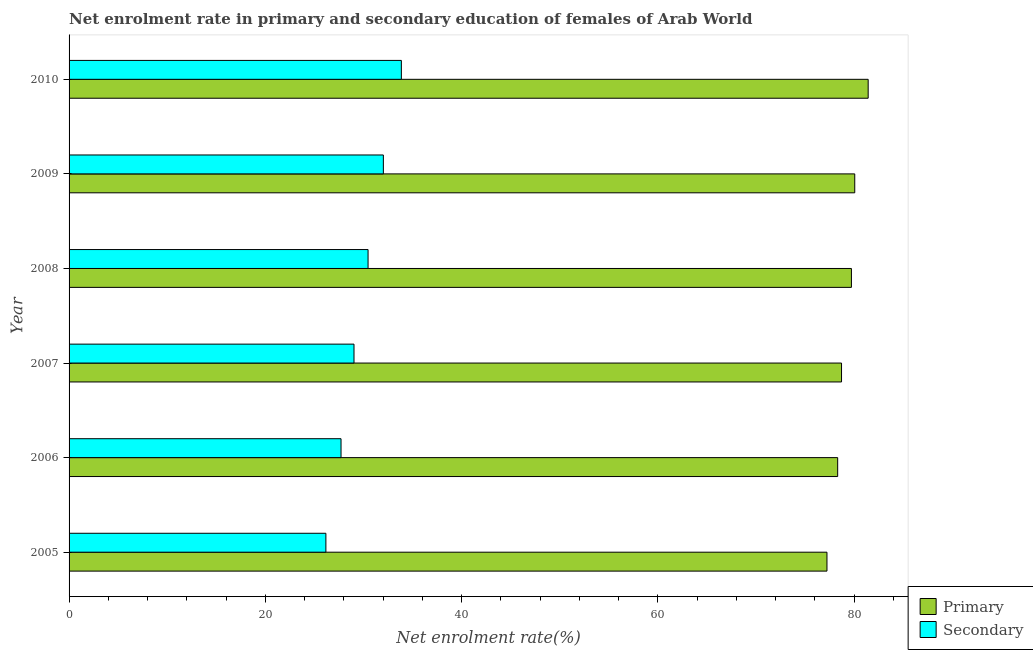
| Year | Primary | Secondary |
 | --- | --- | --- |
 | 2005 | 77.2 | 26.2 |
 | 2006 | 78.3 | 27.7 |
 | 2007 | 78.7 | 29 |
 | 2008 | 79.7 | 30.5 |
 | 2009 | 80.1 | 32 |
 | 2010 | 81.4 | 33.9 |